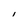
Character: l